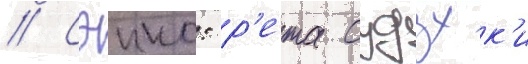
// Сэию: р'ета судзук'и